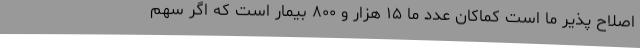
اصلاح پذیر ما است کماکان عدد ما ۱۵ هزار و ۸۰۰ بیمار است که اگر سهم